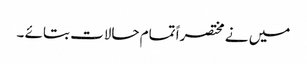
میں نے مختصراً تمام حالات بتائے ۔